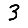
Digit: 3